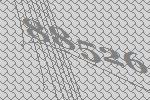
88526